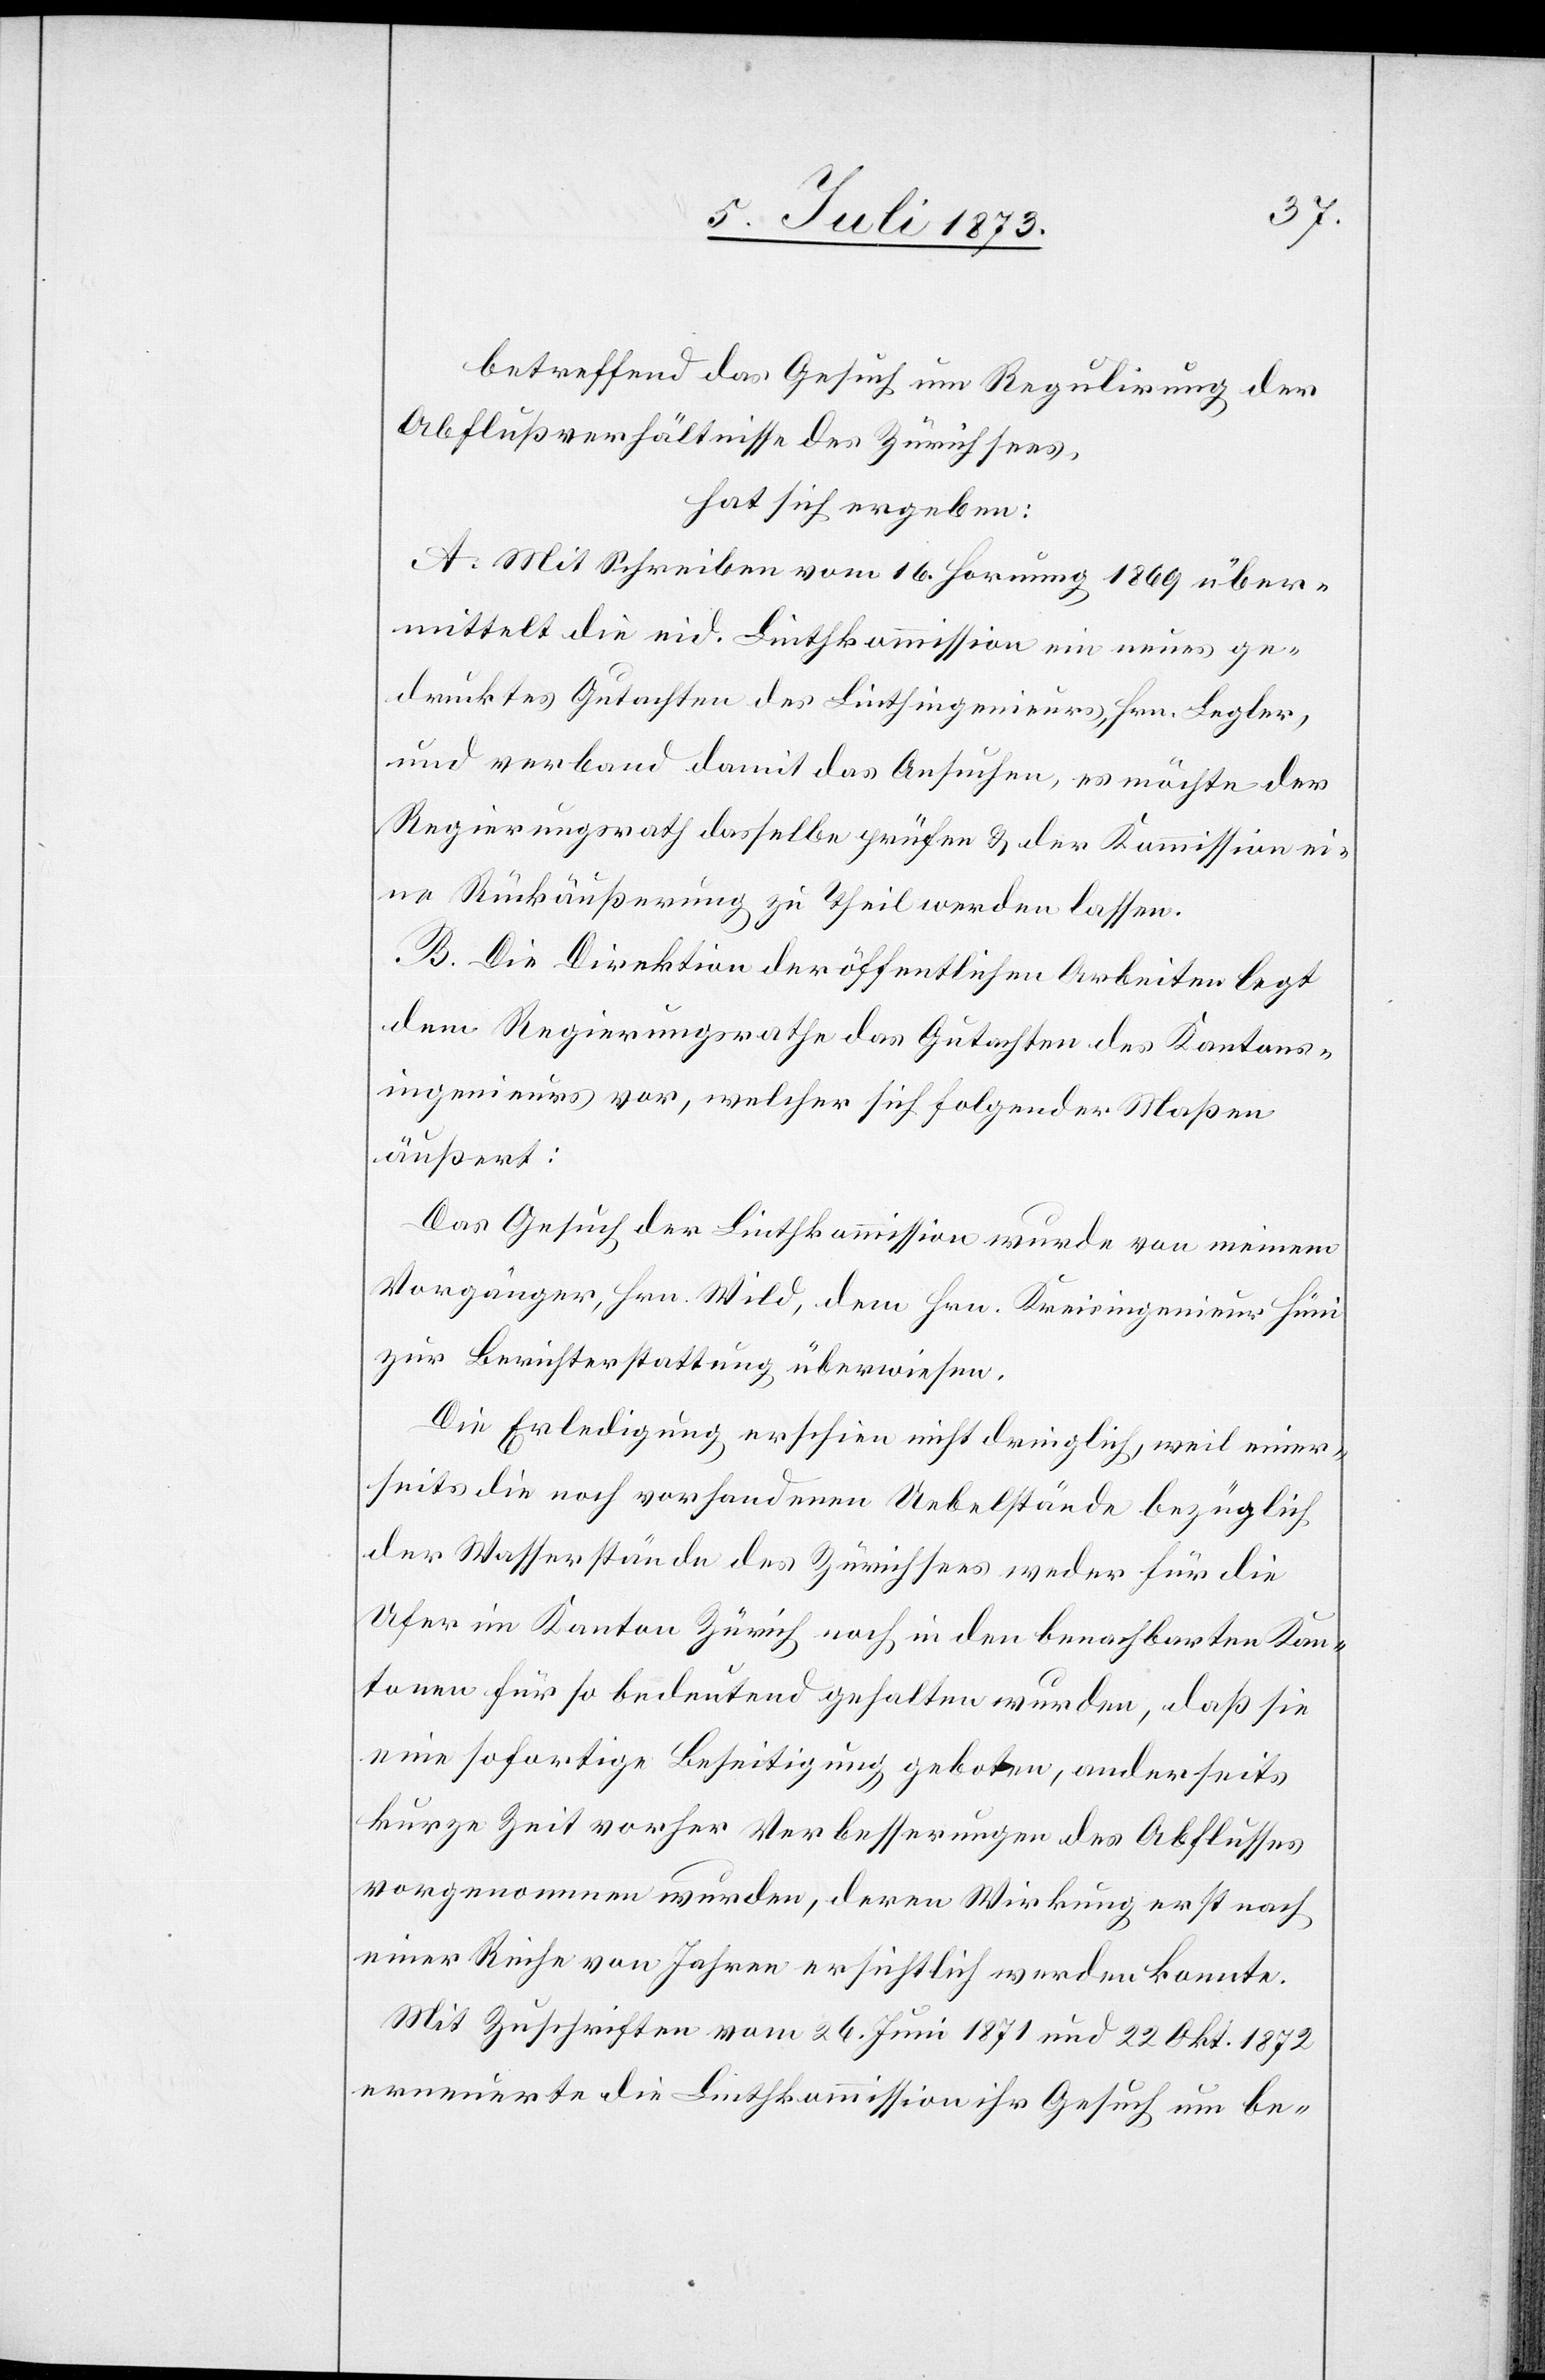
betreffend das Gesuch um Regulirung der
Abflußverhältnisse des Zürichsees,
hat sich ergeben:
A. Mit Schreiben vom 16. Hornung 1869 über¬
mittelt die eid. Linthkommission ein neues ge¬
drucktes Gutachten des Linthingenieurs Hrn. Legler,
und verband damit das Ansuchen, es möchte der
Regierungsrath dasselbe prüfen & der Kommission ei¬
ne Rückäußerung zu Theil werden lassen.
B. Die Direktion der öffentlichen Arbeiten legt
dem Regierungsrathe das Gutachten des Kantons¬
ingenieurs vor, welcher sich folgender Maßen
äußert:
Das Gesuch der Linthkommission wurde von meinem
Vorgänger, Hrn. Wild, dem Hrn. Kreisingenieur Hüni
zur Berichterstattung überwiesen.
Die Erledigung erschien nicht dringlich, weil einer¬
seits die noch vorhandenen Uebelstände bezüglich
der Wasserstände des Zürichsees weder für die
Ufer im Kanton Zürich noch in den benachbarten Kan¬
tonen für so bedeutend gehalten wurden, daß sie
eine sofortige Beseitigung geboten, anderseits
kurze Zeit vorher Verbesserungen des Abflusses
vorgenommen wurden, deren Wirkung erst nach
einer Reihe von Jahren ersichtlich werden konnte.
Mit Zuschriften vom 26. Juni 1871 und 22. Okt. 1872
erneuerte die Linthkommission ihr Gesuch um be-